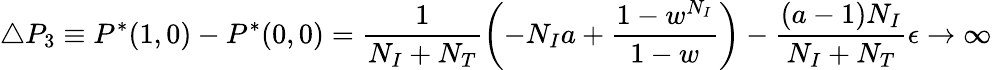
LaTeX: \triangle P_{3}\equiv P^{*}(1,0)-P^{*}(0,0)=\frac{1}{N_{I}+N_{T}}\left(-N_{I}a+\frac{1-w^{N_{I}}}{1-w}\right)-\frac{(a-1)N_{I}}{N_{I}+N_{T}}\epsilon\rightarrow\infty